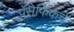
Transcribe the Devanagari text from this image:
पॅसेफिकचे